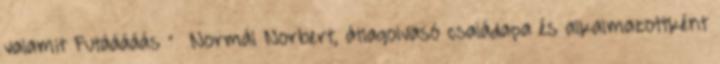
valamit Futááááás ” Normál Norbert, átlagolvasó családapa és alkalmazottként